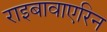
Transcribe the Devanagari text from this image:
राइबावाएरिन